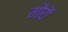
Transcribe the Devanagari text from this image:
गौर्यै